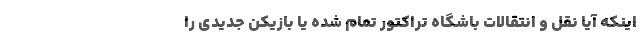
اینکه آیا نقل و انتقالات باشگاه تراکتور تمام شده یا بازیکن جدیدی را